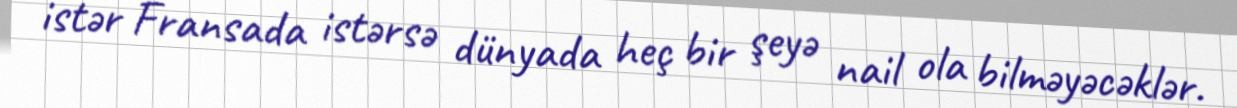
istər Fransada istərsə dünyada heç bir şeyə nail ola bilməyəcəklər.